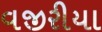
વજીરીયા